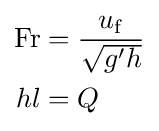
{\begin{aligned}\mathrm {Fr} &={\frac {u_{\mathrm {f} }}{\sqrt {g'h}}}\\hl&=Q\end{aligned}}